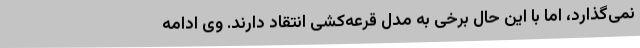
نمی‌گذارد، اما با این حال برخی به مدل قرعه‌کشی انتقاد دارند. وی ادامه